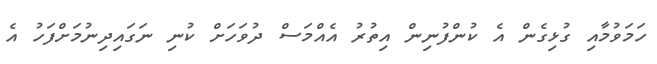
ހަމަވުމާއި ގުޅިގެން އެ ކުންފުނިން އިތުރު އެއްމަސް ދުވަހަށް ކުނި ނަގައިދިނުމަށްފަހު އެ